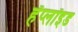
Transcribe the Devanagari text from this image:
हॅप्लॉइड